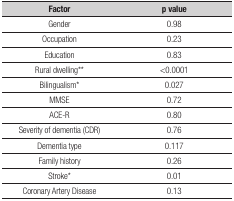
<table><thead><tr><td><b>Factor</b></td><td><b>p value</b></td></tr></thead><tbody><tr><td>Gender</td><td>0.98</td></tr><tr><td>Occupation</td><td>0.23</td></tr><tr><td>Education</td><td>0.83</td></tr><tr><td>Rural dwelling**</td><td>&lt;0.0001</td></tr><tr><td>Bilingualism*</td><td>0.027</td></tr><tr><td>MMSE</td><td>0.72</td></tr><tr><td>ACE-R</td><td>0.80</td></tr><tr><td>Severity of dementia (CDR)</td><td>0.76</td></tr><tr><td>Dementia type</td><td>0.117</td></tr><tr><td>Family history</td><td>0.26</td></tr><tr><td>Stroke*</td><td>0.01</td></tr><tr><td>Coronary Artery Disease</td><td>0.13</td></tr></tbody></table>